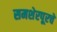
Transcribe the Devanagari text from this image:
समशेरपूरचे